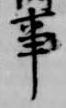
事